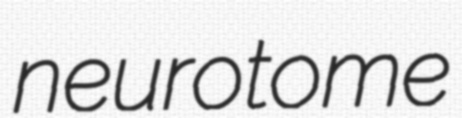
neurotome